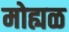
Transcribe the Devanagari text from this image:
मोह्यळ